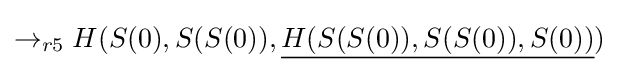
\rightarrow _{r5}H(S(0),S(S(0)),{\underline {H(S(S(0)),S(S(0)),S(0))}})